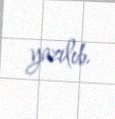
yazılıb.